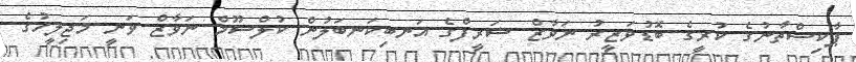
ޕާކިސްތާނުގެ ކުރީގެ ބޮޑުވަޒީރު ނަވާޒް ޝަރީފްގެ އަނބިކަނބަލުން ކުލްސޫމް ނަވާޒް ވަނީ މަޖިލީހުގެ